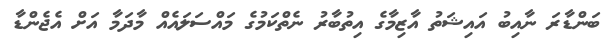
ބަންޑާރަ ނާއިބު އައިޝަތު އާޒިމާގެ އިތުބާރު ނެތްކަމުގެ މައްސަލައެއް މާދަމާ އަށް އެޖެންޑާ